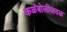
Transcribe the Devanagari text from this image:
कळंबोलीजवळ